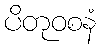
ပိတုဝစနံ